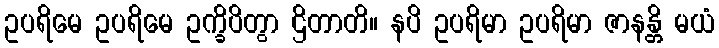
ဥပရိမေ ဥပရိမေ ဥက္ခိပိတွာ ဌိတာတိ။ နပိ ဥပရိမာ ဥပရိမာ ဇာနန္တိ မယံ